Madras plague regulations in force outside the Presidency town - Volume 5
Disease focus: Plague
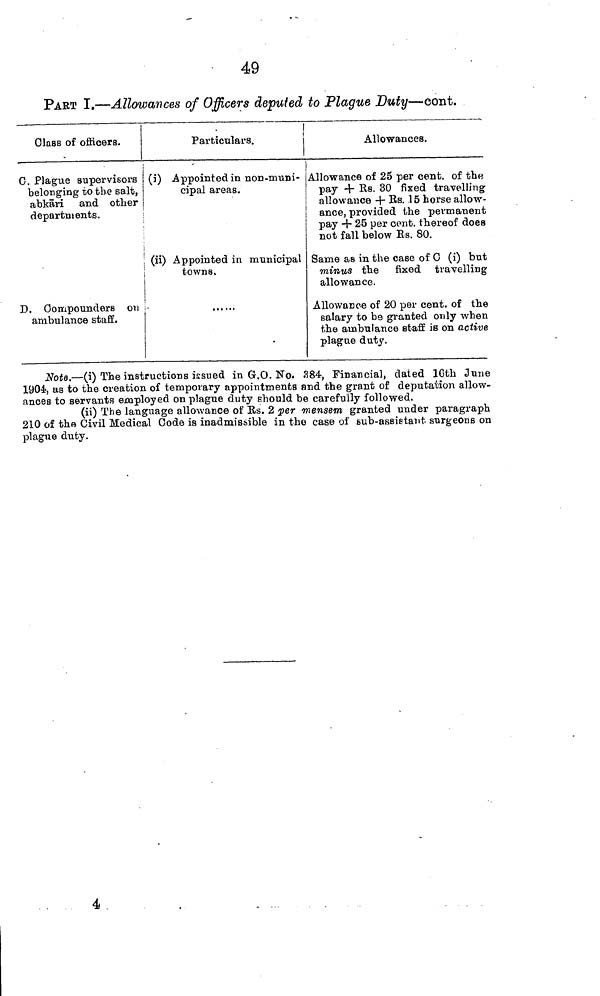
49
PART I.—Allowances of Officers deputed to Plague Duty—cont.
Class of officers.
C. Plague supervisors
belonging to the salt,
abkäri and other
departments.
D. Compounders on
ambulance staff.
.
Particulars.
(i) Appointed in non-muni-
cipal areas.
(ii) Appointed in municipal
towns.
Allowances.
Allowance of 25 per cent. of the
pay + Rs. 30 fixed travelling
allowance + Rs. 15 horse allow-
ance, provided the permanent
pay + 25 per cent. thereof does
not fall below Rs. 80.
Same as in the case of G (i) but
minus the fixed travelling
allowance.
Allowance of 20 per cent, of the
salary to be granted only when
the ambulance staff is on active
plague duty.
Note.—(i) The instructions issued in G.O. No. 384, Financial, dated 16th June
1904, as to the creation of temporary appointments and the grant of deputation allow-
ances to servants employed on plague duty should be carefully followed.
(ii) The language allowance of Rs. 2 per mensem granted under paragraph
210 of the Civil Medical Code is inadmissible in the case of sub-assistant surgeons on
plague duty.